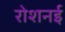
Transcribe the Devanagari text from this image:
रोशनई